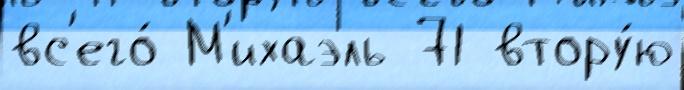
вс'его́ М'ихаэль 71 втору́ю